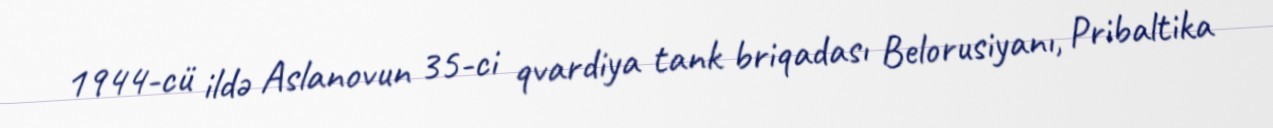
1944-cü ildə Aslanovun 35-ci qvardiya tank briqadası Belorusiyanı, Pribaltika